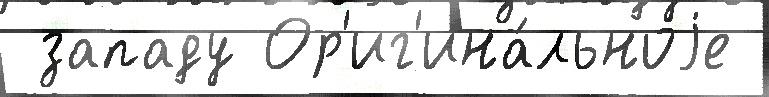
 западу Ор'иг'ина́льноjе